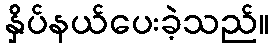
နှိပ်နယ်ပေးခဲ့သည်။